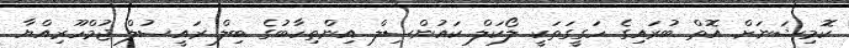
ކޮމިޝަނަށް އޮތް ބުރައިގެ ހަގީގަތަކީ ލޯކަލް ކައުންސިލް އިންތިހާބުގެ ބިލް ރައީސުލް ޖުމްހޫރިއްޔާ